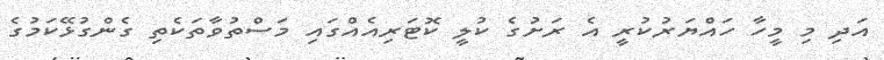
އަދި މި މީހާ ހައްޔަރުކުރީ އެ ރަށުގެ ކުލީ ކޮޓަރިއެއްގައި މަސްތުވާތަކެތި ގެންގުޅޭކަމުގެ